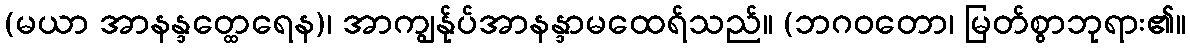
(မယာ အာနန္ဒတ္ထေရေန)၊ အာကျွန်ုပ်အာနန္ဒာမထေရ်သည်။ (ဘဂဝတော၊ မြတ်စွာဘုရား၏။